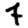
Digit: 7